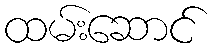
ထမ်းဆောင်